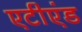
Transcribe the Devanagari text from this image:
एटीएंड